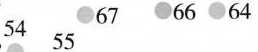
54 55 67 66 64